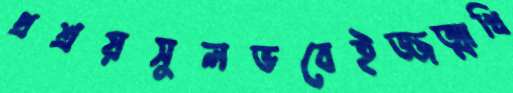
প্রশ্রয়সুলভবেইজ্জত্মাখি